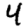
Digit: 4